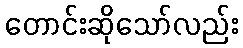
တောင်းဆိုသော်လည်း